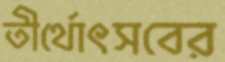
তীর্থোৎসবের